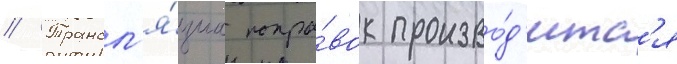
// Трансл'я́циа попра́вок произво́д'итс'я